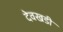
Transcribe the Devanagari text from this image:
देवखडी